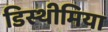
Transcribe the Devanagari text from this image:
डिस्थीमिया